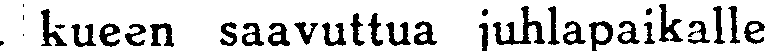
, kueen saavuttua juhlapaikalle